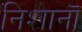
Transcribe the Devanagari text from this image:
निशानॊं